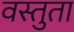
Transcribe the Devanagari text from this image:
वस्तुता